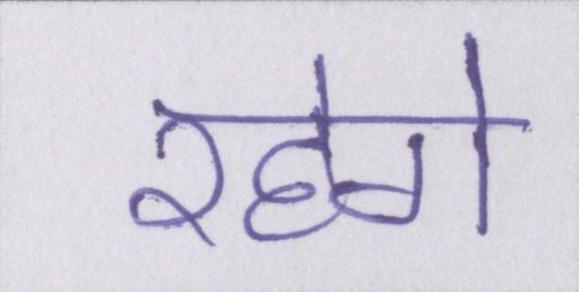
रहेगे